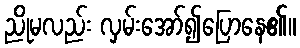
ညိုမလည်း လှမ်းအော်၍ပြောနေ၏။